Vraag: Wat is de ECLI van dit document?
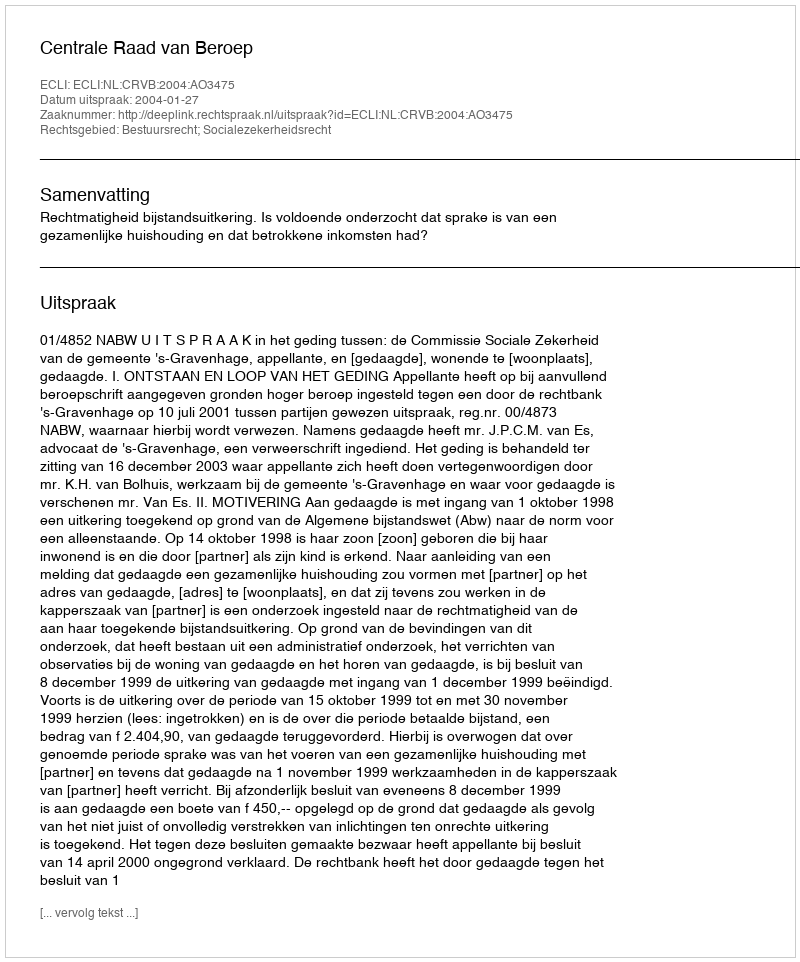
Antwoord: ECLI:NL:CRVB:2004:AO3475